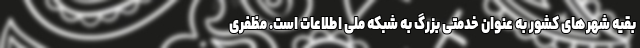
بقیه شهرهای کشور به عنوان خدمتی بزرگ به شبکه ملی اطلاعات است. مظفری